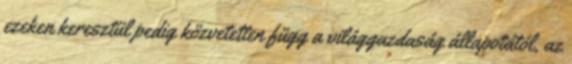
ezeken keresztül pedig közvetetten függ a világgazdaság állapotától, az